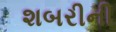
શબરીની